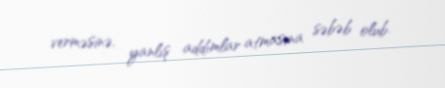
verməsinə, yanlış addımlar atmasına səbəb olub.